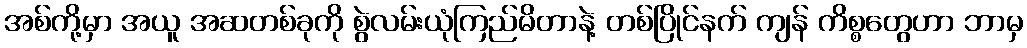
အစ်ကို့မှာ အယူ အဆတစ်ခုကို စွဲလမ်းယုံကြည်မိတာနဲ့ တစ်ပြိုင်နက် ကျန် ကိစ္စတွေဟာ ဘာမှ